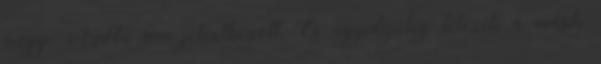
megy. Azóta sem jelentkezett. És: egyidejűleg létezik a másik